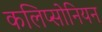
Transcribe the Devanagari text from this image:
कलिप्सोनियन